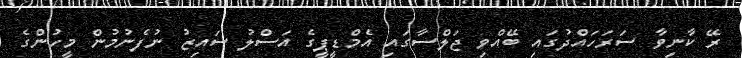
ރޭ ކާނިވާ ސަރަހައްދުގައި ބޭއްވި ޖަލްސާގައި އެމްޑީޕީގެ އަސްލު ސައިޒު ނުފެނުމުން މީހުންގެ